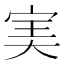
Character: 𡨒